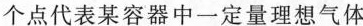
个点代表某容器中一定量理想气体